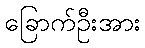
ခြောက်ဦးအား